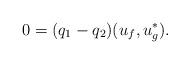
LaTeX: \begin{align*} 0 = (q_1-q_2)(u_f,u_g^*).\end{align*}